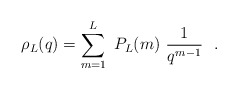
\begin{align*}\rho_L (q) = \sum_{m=1}^L \ P_L (m) \ {1 \over q^{m-1}} \ \ .\end{align*}